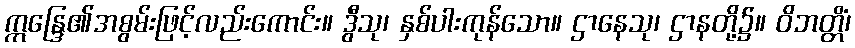
ဣန္ဒြေ၏အစွမ်းဖြင့်လည်းကောင်း။ ဒွီသု၊ နှစ်ပါးကုန်သော။ ဌာနေသု၊ ဌာနတို့၌။ ဝိဘတ္တိံ၊